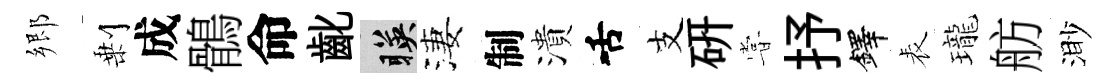
郷剰成鶻命齔暎淒制潰舌支硏甞抒鐸表瓏舫渺